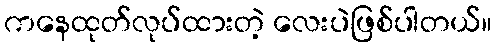
ကနေထုတ်လုပ်ထားတဲ့ လေးပဲဖြစ်ပါတယ်။